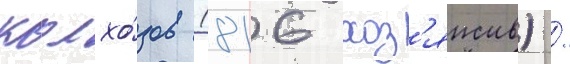
колхо́зов (816 хоз'яиств) /